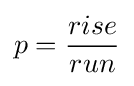
p={\frac {rise}{run}}